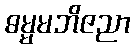
ဓမ္မမဘိဇညာ